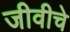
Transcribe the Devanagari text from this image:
जीवीचे